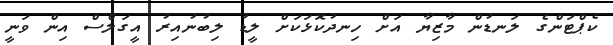
ކެޕްޓަންގެ ލަނޑުން މާޒިޔާ އަށް ހިނދުކޮޅަކަށް ލީޑު ލިބުނުއިރު އީގަލްސް އިން ވަނީ